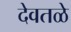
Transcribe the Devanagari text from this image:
देवतळे